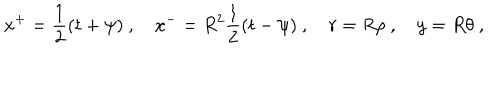
LaTeX: x ^ { + } = \frac 1 2 ( t + \psi ) ~ , \quad x ^ { - } = R ^ { 2 } \frac 1 2 ( t - \psi ) ~ , \quad r = R \rho ~ , \quad y = R \theta ~ ,